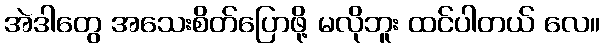
အဲဒါတွေ အသေးစိတ်ပြောဖို့ မလိုဘူး ထင်ပါတယ် လေ။